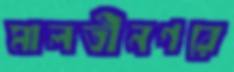
মালতীনগরে